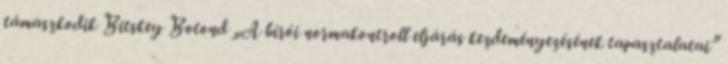
támaszkodik Bitskey Botond „A bírói normakontroll eljárás kezdeményezésének tapasztalatai”